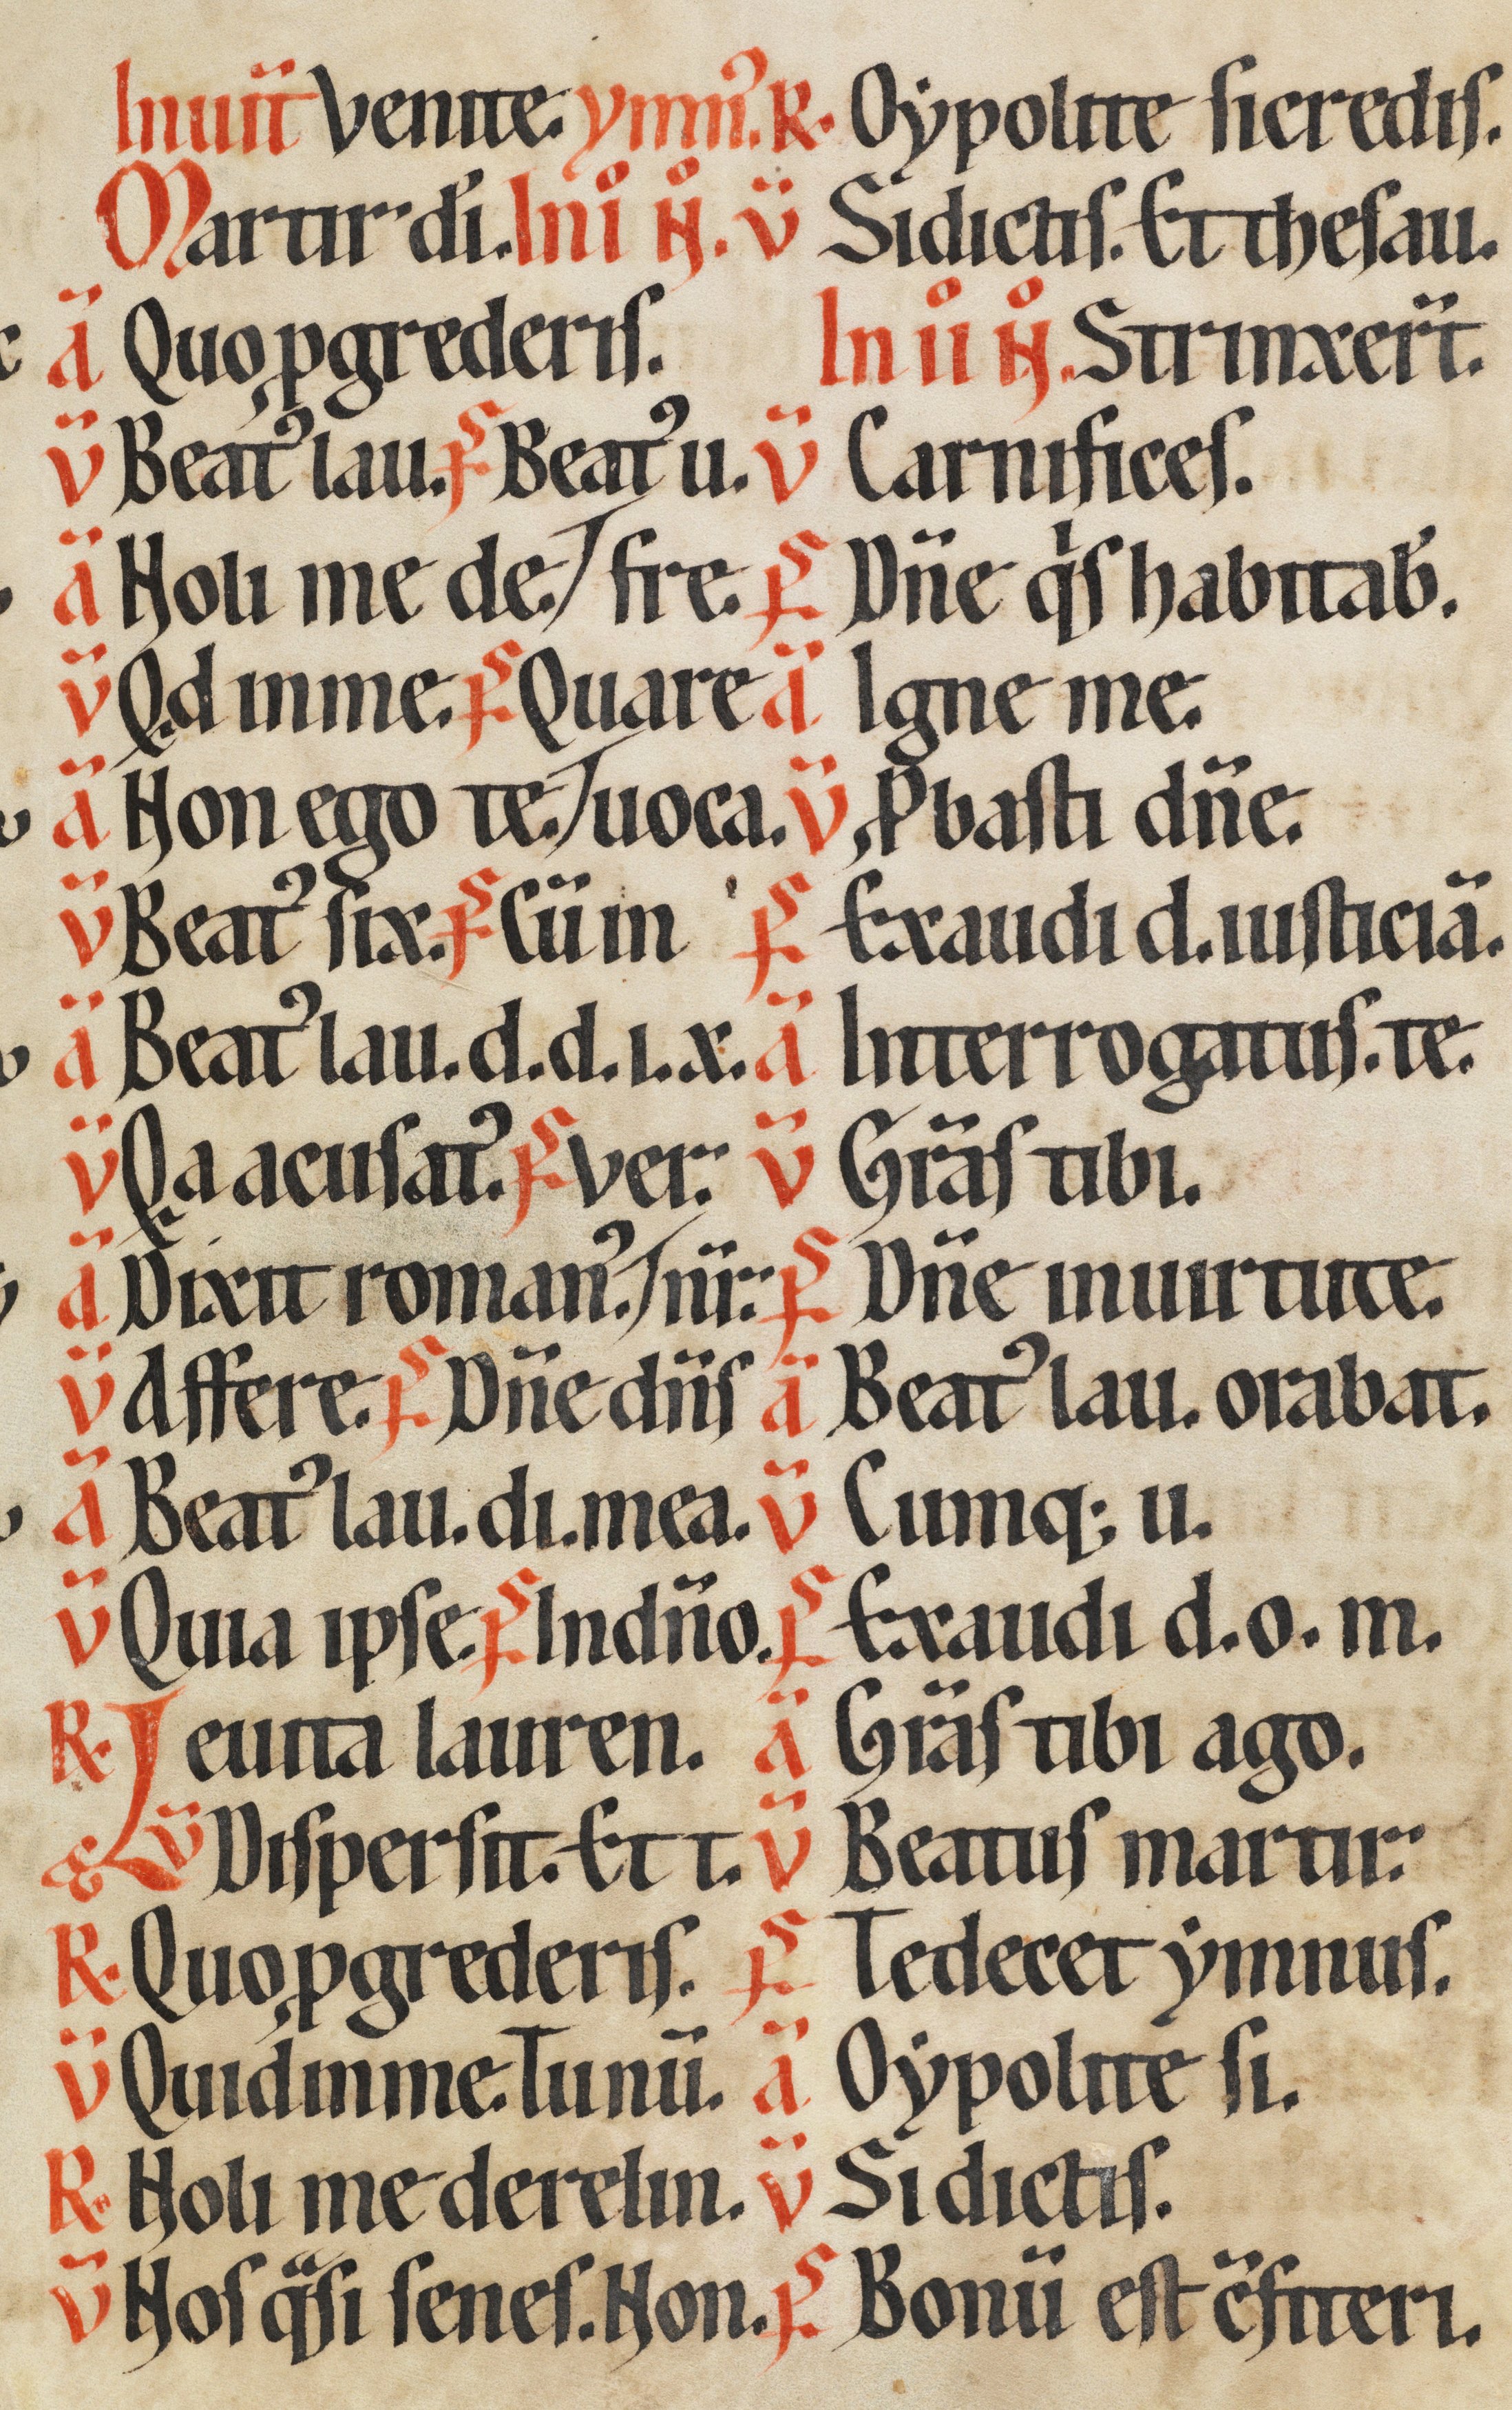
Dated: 1170–1230